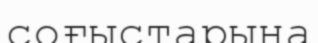
соғыстарына